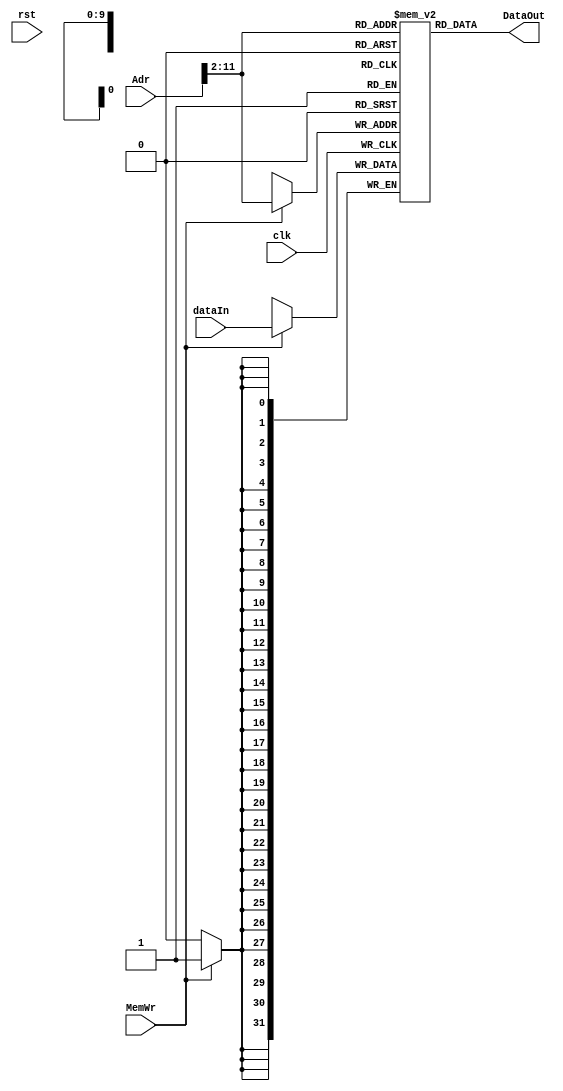
module DM(
    input [31:0] dataIn,
    input [31:0] Adr,

    input MemWr,
    input clk, rst,

    output [31:0] DataOut
);
    reg [31:0] memory [1023:0];
    initial begin
        $display("dm initial");
    end

    assign DataOut = memory[Adr[31:2]];

    always @(posedge clk)
        if (MemWr)
            memory[Adr[31:2]] = dataIn;
endmodule